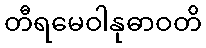
တီရမေဝါနုဓာဝတိ